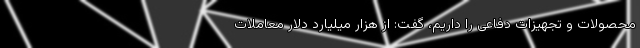
محصولات و تجهیزات دفاعی را داریم، گفت: از هزار میلیارد دلار معاملات